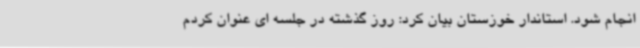
انجام شود. استاندار خوزستان بیان کرد: روز گذشته در جلسه ای عنوان کردم